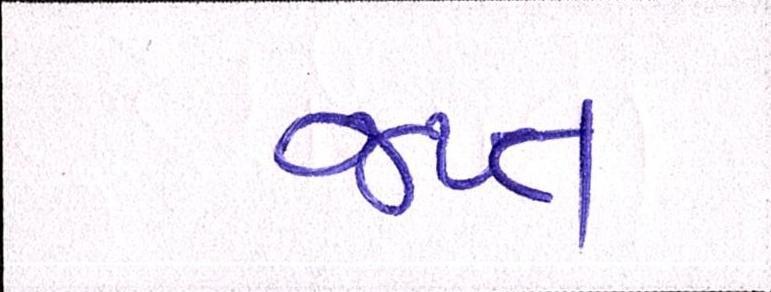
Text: જપ્ત